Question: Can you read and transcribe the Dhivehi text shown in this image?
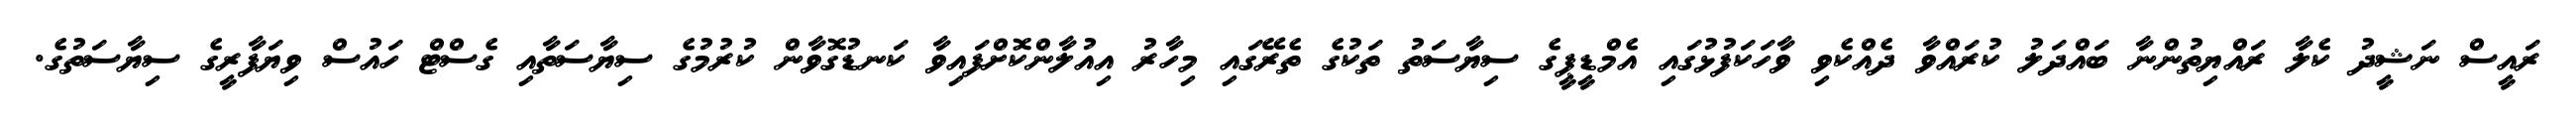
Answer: ރައީސް ނަޝީދު ކެލާ ރައްޔިތުންނާ ބައްދަލު ކުރައްވާ ދެއްކެވި ވާހަކަފުޅުގައި އެމްޑީޕީގެ ސިޔާސަތު ތަކުގެ ތެރޭގައި މިހާރު އިއުލާންކޮށްފައިވާ ކަނޑުގޮވާން ކުރުމުގެ ސިޔާސަތާއި ގެސްޓް ހައުސް ވިޔަފާރީގެ ސިޔާސަތުގެ.